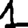
Digit: 1